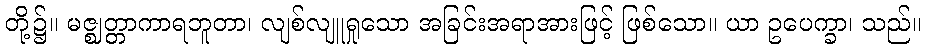
တို့၌။ မဇ္ဈတ္တာကာရဘူတာ၊ လျစ်လျူရှုသော အခြင်းအရာအားဖြင့် ဖြစ်သော။ ယာ ဥပေက္ခာ၊ သည်။